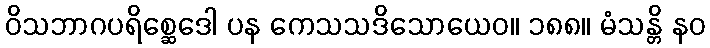
ဝိသဘာဂပရိစ္ဆေဒေါ ပန ကေသသဒိသောယေဝ။ ၁၈၈။ မံသန္တိ နဝ